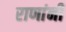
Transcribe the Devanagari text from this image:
राणांनी